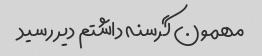
مهمون گرسنه داشتم دیر رسید